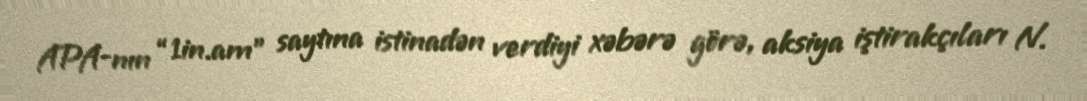
APA-nın “1in.am” saytına istinadən verdiyi xəbərə görə, aksiya iştirakçıları N.